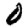
Digit: 0